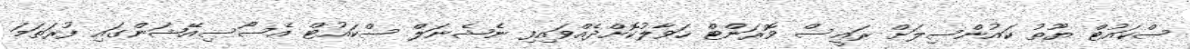
ސްކައުޓް ޔޫތު ކައުންސިލަށް ރައީސް ވޮރަންޓް ހަވާލުކޮށްދެއްވައިފި ނެޝެނަލް ސްކައުޓް އެސޯސިއޭޝަންގައި ފުރަތަމަ